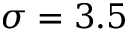
\sigma = 3 . 5